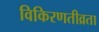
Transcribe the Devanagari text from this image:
विकिरणतीव्रता